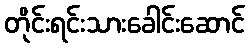
တိုင်းရင်းသားခေါင်းဆောင်